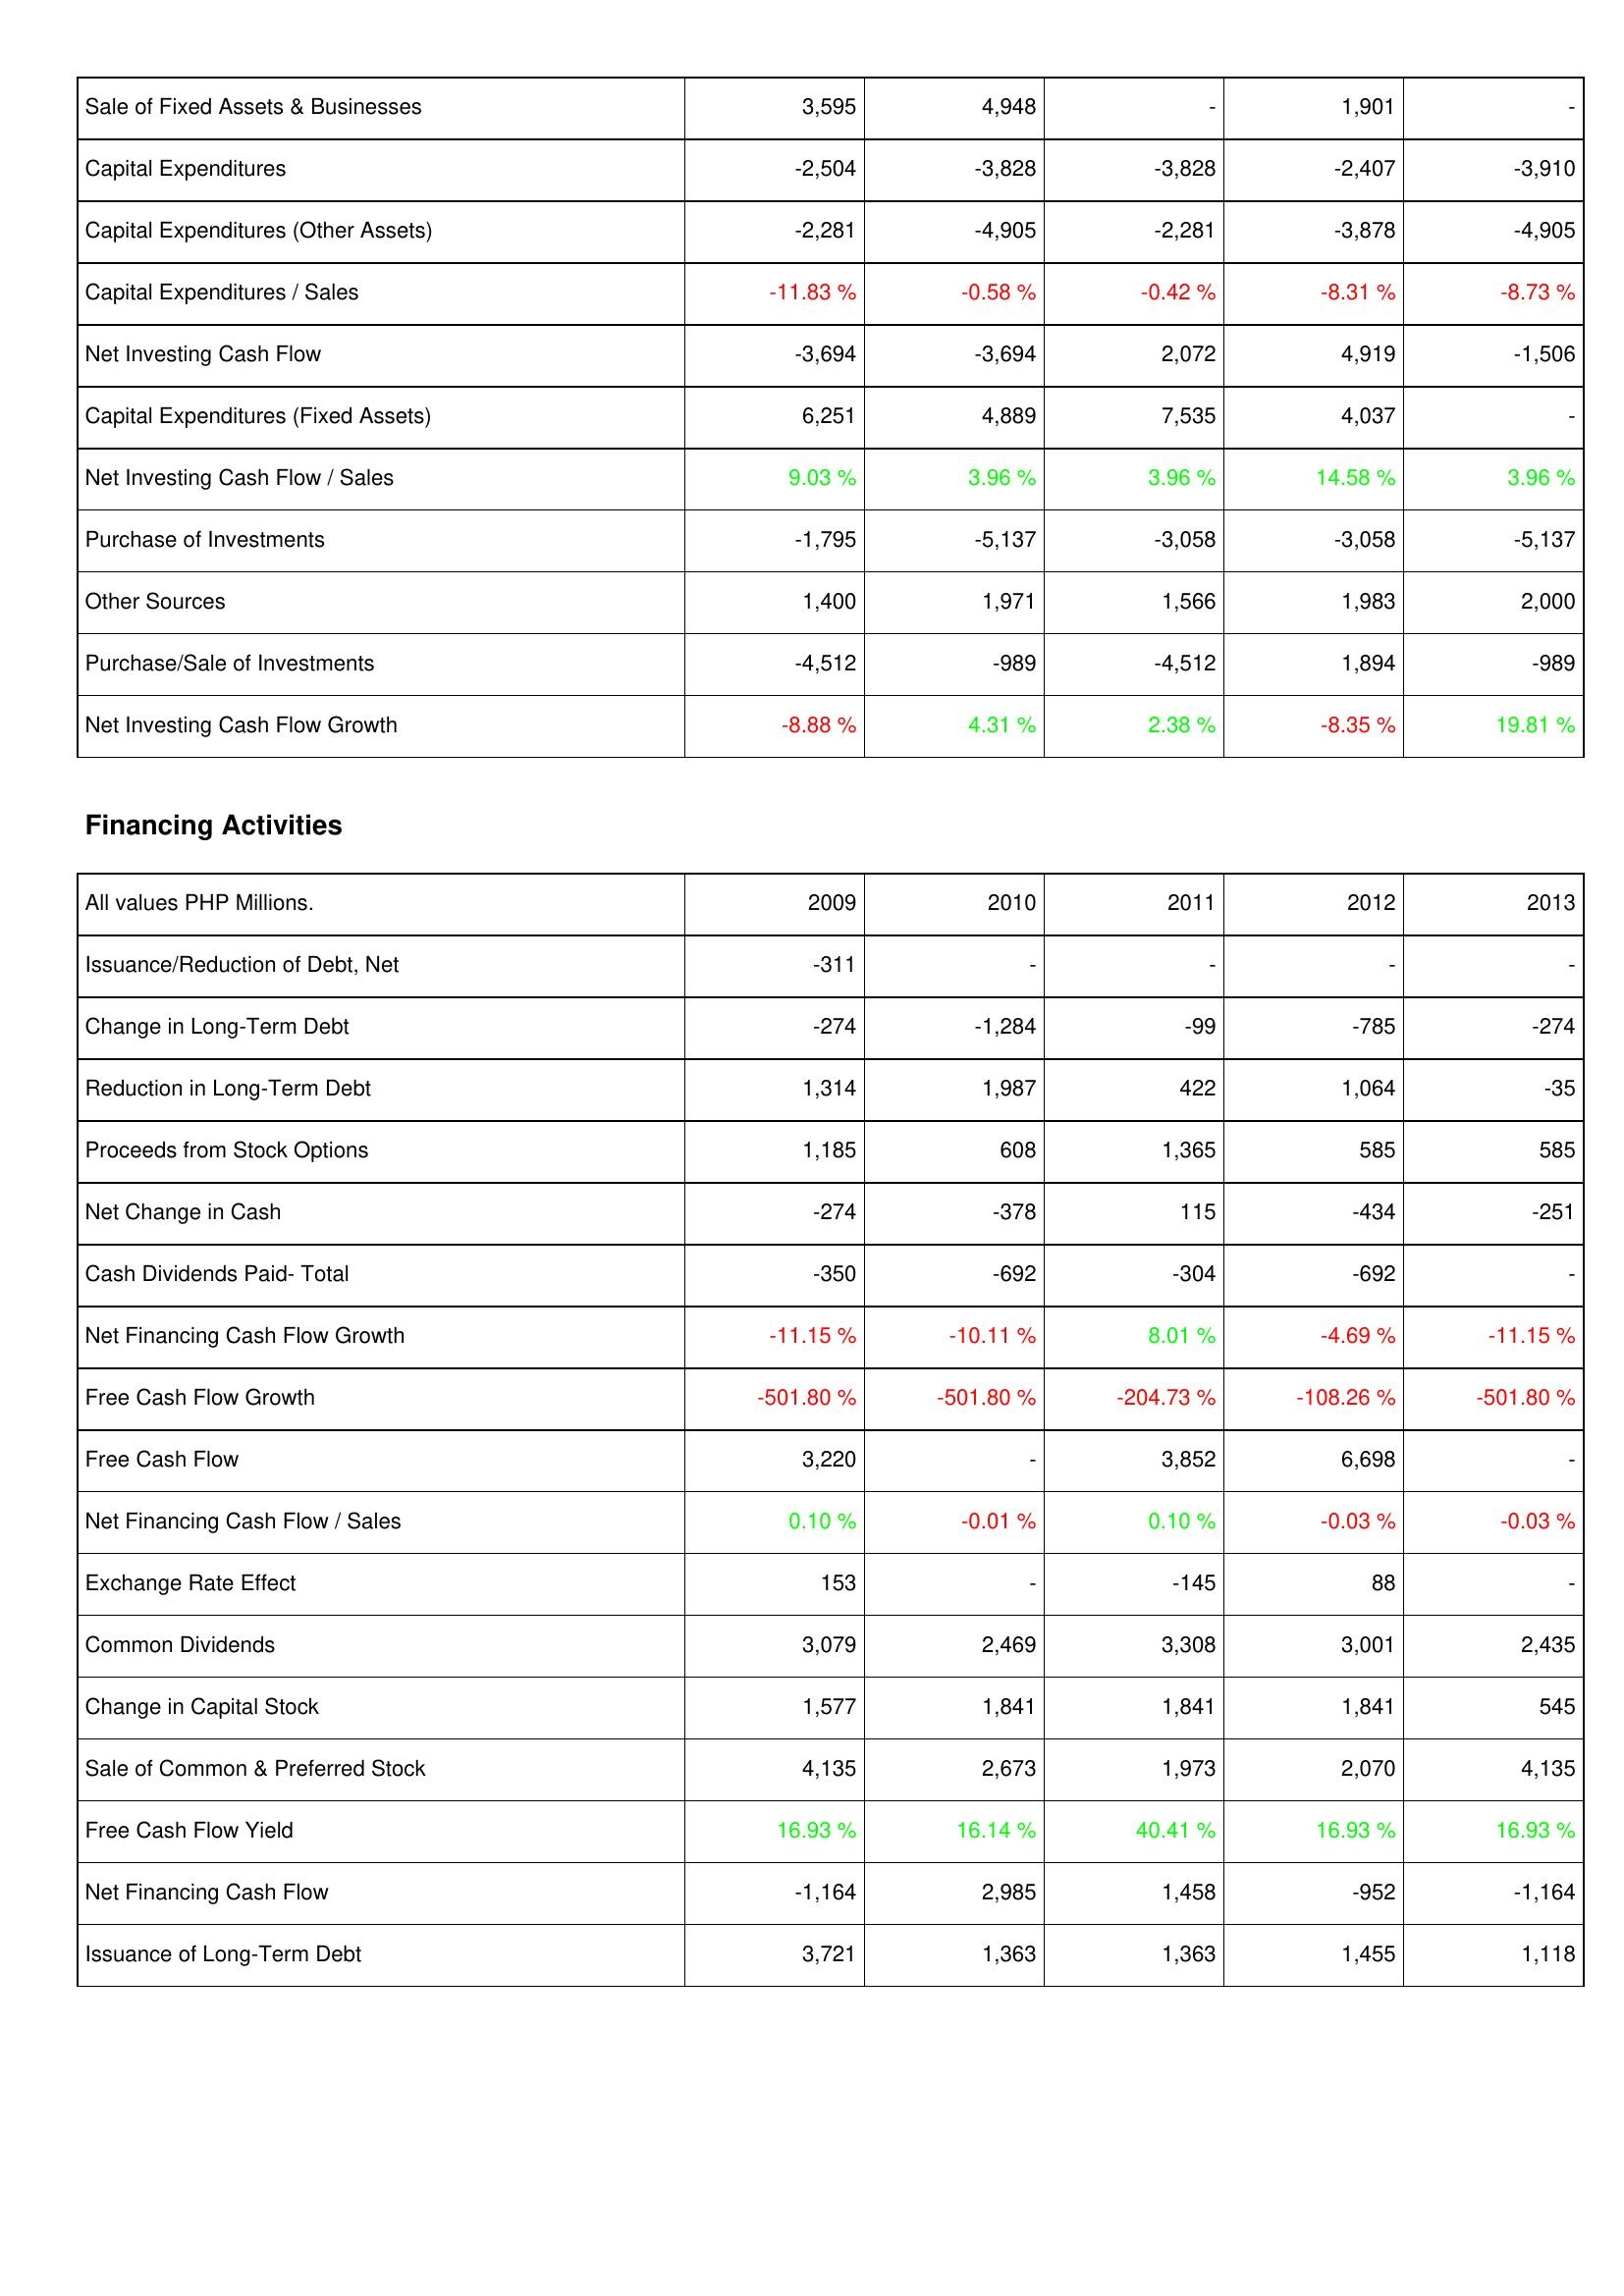
2009: Investing Activities: Sale of Fixed Assets & Businesses: 3,595
Capital Expenditures: -2,504
Capital Expenditures (Other Assets): -2,281
Capital Expenditures / Sales: -11.83 %
Net Investing Cash Flow: -3,694
Capital Expenditures (Fixed Assets): 6,251
Net Investing Cash Flow / Sales: 9.03 %
Purchase of Investments: -1,795
Other Sources: 1,400
Purchase/Sale of Investments: -4,512
Net Investing Cash Flow Growth: -8.88 %
Financing Activities: Issuance/Reduction of Debt, Net: -311
Change in Long-Term Debt: -274
Reduction in Long-Term Debt: 1,314
Proceeds from Stock Options: 1,185
Net Change in Cash: -274
Cash Dividends Paid- Total: -350
Net Financing Cash Flow Growth: -11.15 %
Free Cash Flow Growth: -501.80 %
Free Cash Flow: 3,220
Net Financing Cash Flow / Sales: 0.10 %
Exchange Rate Effect: 153
Common Dividends: 3,079
Change in Capital Stock: 1,577
Sale of Common & Preferred Stock: 4,135
Free Cash Flow Yield: 16.93 %
Net Financing Cash Flow: -1,164
Issuance of Long-Term Debt: 3,721
2010: Investing Activities: Sale of Fixed Assets & Businesses: 4,948
Capital Expenditures: -3,828
Capital Expenditures (Other Assets): -4,905
Capital Expenditures / Sales: -0.58 %
Net Investing Cash Flow: -3,694
Capital Expenditures (Fixed Assets): 4,889
Net Investing Cash Flow / Sales: 3.96 %
Purchase of Investments: -5,137
Other Sources: 1,971
Purchase/Sale of Investments: -989
Net Investing Cash Flow Growth: 4.31 %
Financing Activities: Issuance/Reduction of Debt, Net: -
Change in Long-Term Debt: -1,284
Reduction in Long-Term Debt: 1,987
Proceeds from Stock Options: 608
Net Change in Cash: -378
Cash Dividends Paid- Total: -692
Net Financing Cash Flow Growth: -10.11 %
Free Cash Flow Growth: -501.80 %
Free Cash Flow: -
Net Financing Cash Flow / Sales: -0.01 %
Exchange Rate Effect: -
Common Dividends: 2,469
Change in Capital Stock: 1,841
Sale of Common & Preferred Stock: 2,673
Free Cash Flow Yield: 16.14 %
Net Financing Cash Flow: 2,985
Issuance of Long-Term Debt: 1,363
2011: Investing Activities: Sale of Fixed Assets & Businesses: -
Capital Expenditures: -3,828
Capital Expenditures (Other Assets): -2,281
Capital Expenditures / Sales: -0.42 %
Net Investing Cash Flow: 2,072
Capital Expenditures (Fixed Assets): 7,535
Net Investing Cash Flow / Sales: 3.96 %
Purchase of Investments: -3,058
Other Sources: 1,566
Purchase/Sale of Investments: -4,512
Net Investing Cash Flow Growth: 2.38 %
Financing Activities: Issuance/Reduction of Debt, Net: -
Change in Long-Term Debt: -99
Reduction in Long-Term Debt: 422
Proceeds from Stock Options: 1,365
Net Change in Cash: 115
Cash Dividends Paid- Total: -304
Net Financing Cash Flow Growth: 8.01 %
Free Cash Flow Growth: -204.73 %
Free Cash Flow: 3,852
Net Financing Cash Flow / Sales: 0.10 %
Exchange Rate Effect: -145
Common Dividends: 3,308
Change in Capital Stock: 1,841
Sale of Common & Preferred Stock: 1,973
Free Cash Flow Yield: 40.41 %
Net Financing Cash Flow: 1,458
Issuance of Long-Term Debt: 1,363
2012: Investing Activities: Sale of Fixed Assets & Businesses: 1,901
Capital Expenditures: -2,407
Capital Expenditures (Other Assets): -3,878
Capital Expenditures / Sales: -8.31 %
Net Investing Cash Flow: 4,919
Capital Expenditures (Fixed Assets): 4,037
Net Investing Cash Flow / Sales: 14.58 %
Purchase of Investments: -3,058
Other Sources: 1,983
Purchase/Sale of Investments: 1,894
Net Investing Cash Flow Growth: -8.35 %
Financing Activities: Issuance/Reduction of Debt, Net: -
Change in Long-Term Debt: -785
Reduction in Long-Term Debt: 1,064
Proceeds from Stock Options: 585
Net Change in Cash: -434
Cash Dividends Paid- Total: -692
Net Financing Cash Flow Growth: -4.69 %
Free Cash Flow Growth: -108.26 %
Free Cash Flow: 6,698
Net Financing Cash Flow / Sales: -0.03 %
Exchange Rate Effect: 88
Common Dividends: 3,001
Change in Capital Stock: 1,841
Sale of Common & Preferred Stock: 2,070
Free Cash Flow Yield: 16.93 %
Net Financing Cash Flow: -952
Issuance of Long-Term Debt: 1,455
2013: Investing Activities: Sale of Fixed Assets & Businesses: -
Capital Expenditures: -3,910
Capital Expenditures (Other Assets): -4,905
Capital Expenditures / Sales: -8.73 %
Net Investing Cash Flow: -1,506
Capital Expenditures (Fixed Assets): -
Net Investing Cash Flow / Sales: 3.96 %
Purchase of Investments: -5,137
Other Sources: 2,000
Purchase/Sale of Investments: -989
Net Investing Cash Flow Growth: 19.81 %
Financing Activities: Issuance/Reduction of Debt, Net: -
Change in Long-Term Debt: -274
Reduction in Long-Term Debt: -35
Proceeds from Stock Options: 585
Net Change in Cash: -251
Cash Dividends Paid- Total: -
Net Financing Cash Flow Growth: -11.15 %
Free Cash Flow Growth: -501.80 %
Free Cash Flow: -
Net Financing Cash Flow / Sales: -0.03 %
Exchange Rate Effect: -
Common Dividends: 2,435
Change in Capital Stock: 545
Sale of Common & Preferred Stock: 4,135
Free Cash Flow Yield: 16.93 %
Net Financing Cash Flow: -1,164
Issuance of Long-Term Debt: 1,118